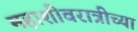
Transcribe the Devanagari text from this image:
महाशीवरात्रीच्या